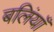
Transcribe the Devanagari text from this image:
बलिंयाँ